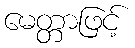
မေတ္တာဖြင့်